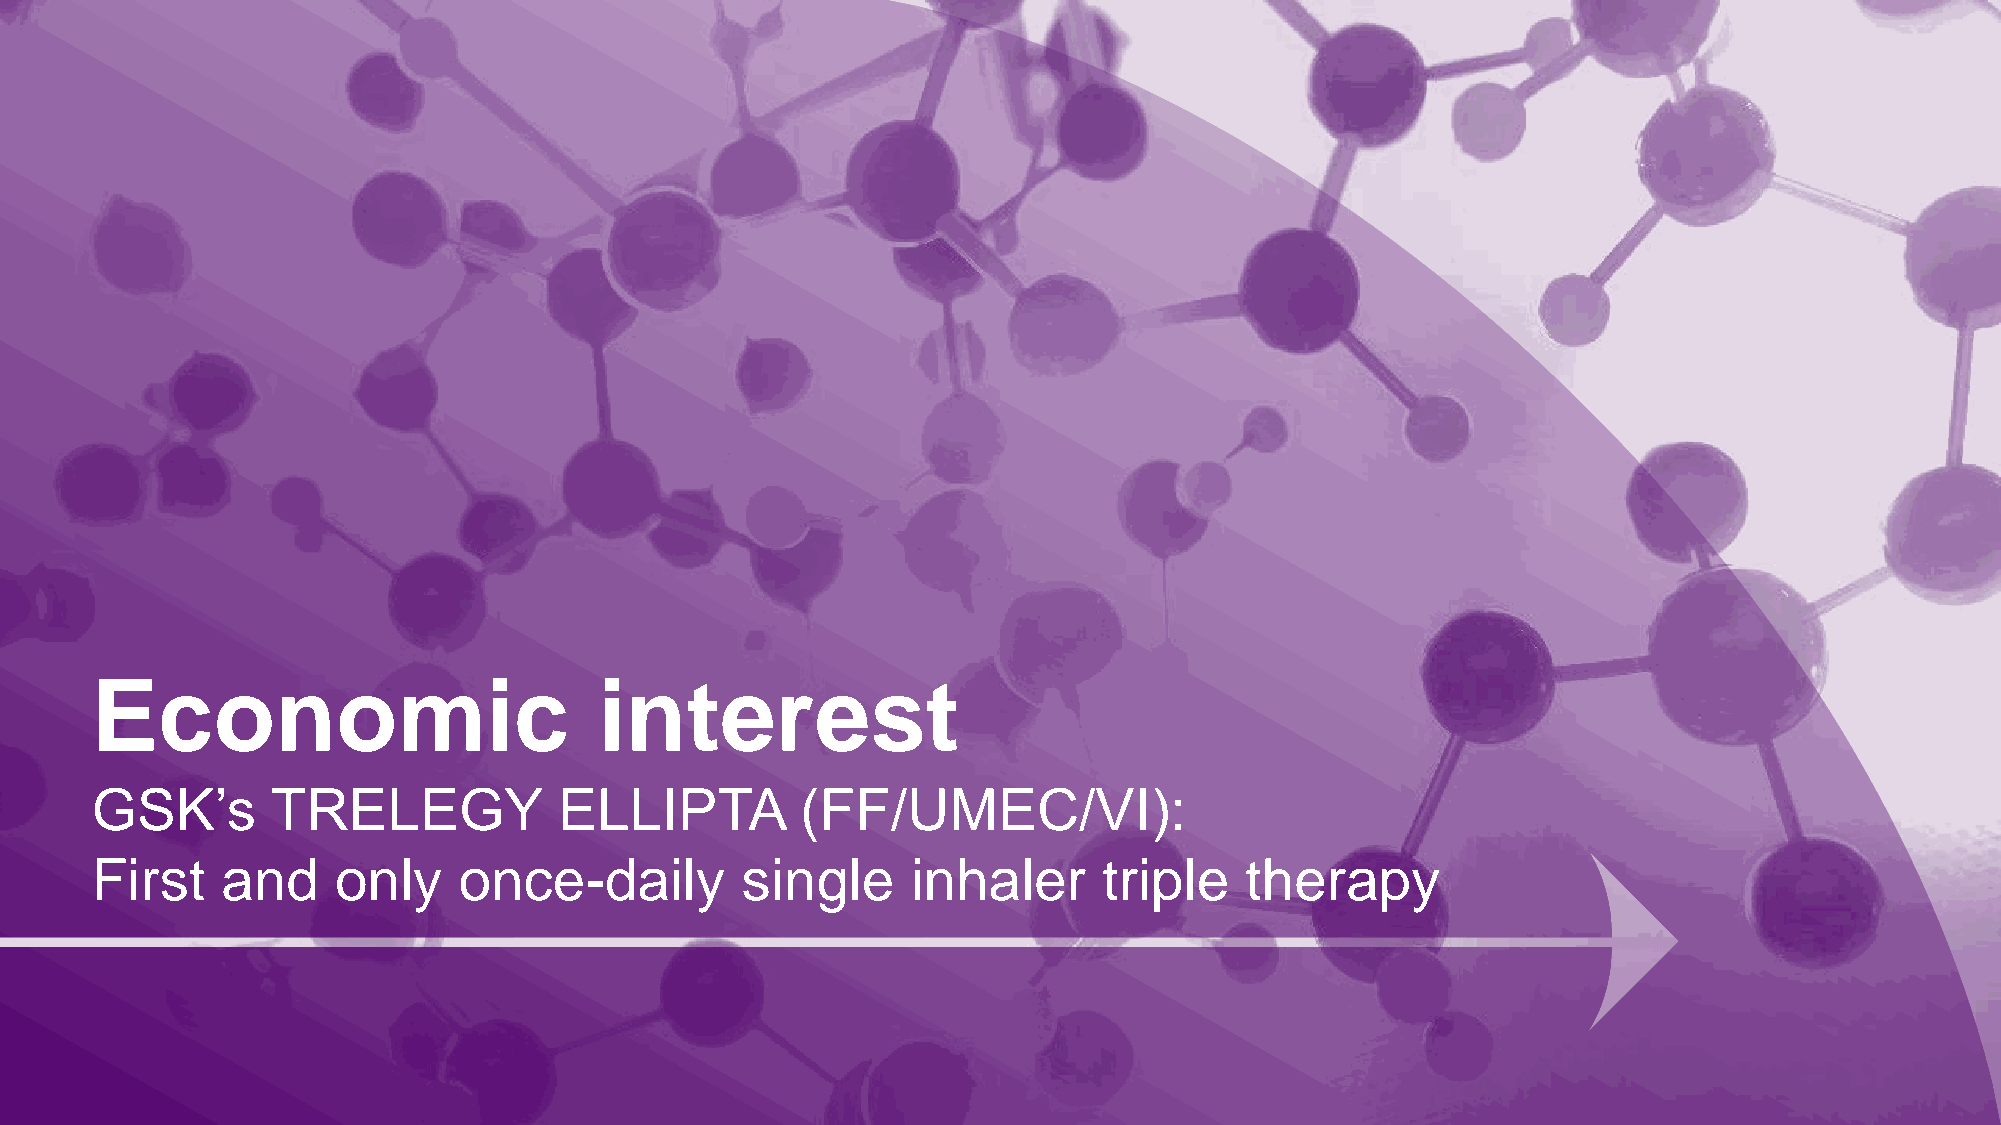
Economic                          interest
 GSK’s       TRELEGY            ELLIPTA         (FF/UMEC/VI):
 First    and    only    once-daily         single     inhaler      triple   therapy